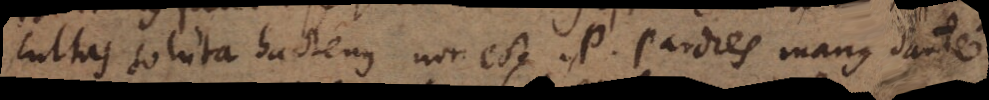
cultas soluta hactenus non est. P. Pardies manus dante.